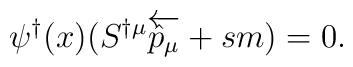
\psi ^{\dagger} (x)(S^{\dagger \mu} \overleftarrow {{\hat p}_\mu} + sm)=0.